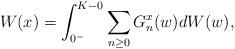
LaTeX: \begin{align*}W(x) = \int_{0^-}^{K-0} \sum_{n \geq 0}G_n^x(w) dW(w),\end{align*}